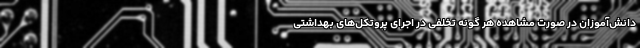
دانش‌آموزان در صورت مشاهده هر گونه تخلفی در اجرای پروتکل‌های بهداشتی